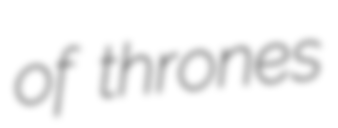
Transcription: of thrones